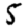
Digit: 5